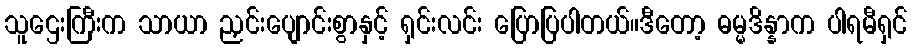
သူဌေးကြီးက သာယာ ညှင်းပျောင်းစွာနှင့် ရှင်းလင်း ပြောပြပါတယ်။ဒီတော့ ဓမ္မဒိန္နာက ပါရမီရှင်